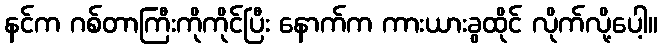
နင်က ဂစ်တာကြီးကိုကိုင်ပြီး နောက်က ကားယားခွထိုင် လိုက်လို့ပေါ့။